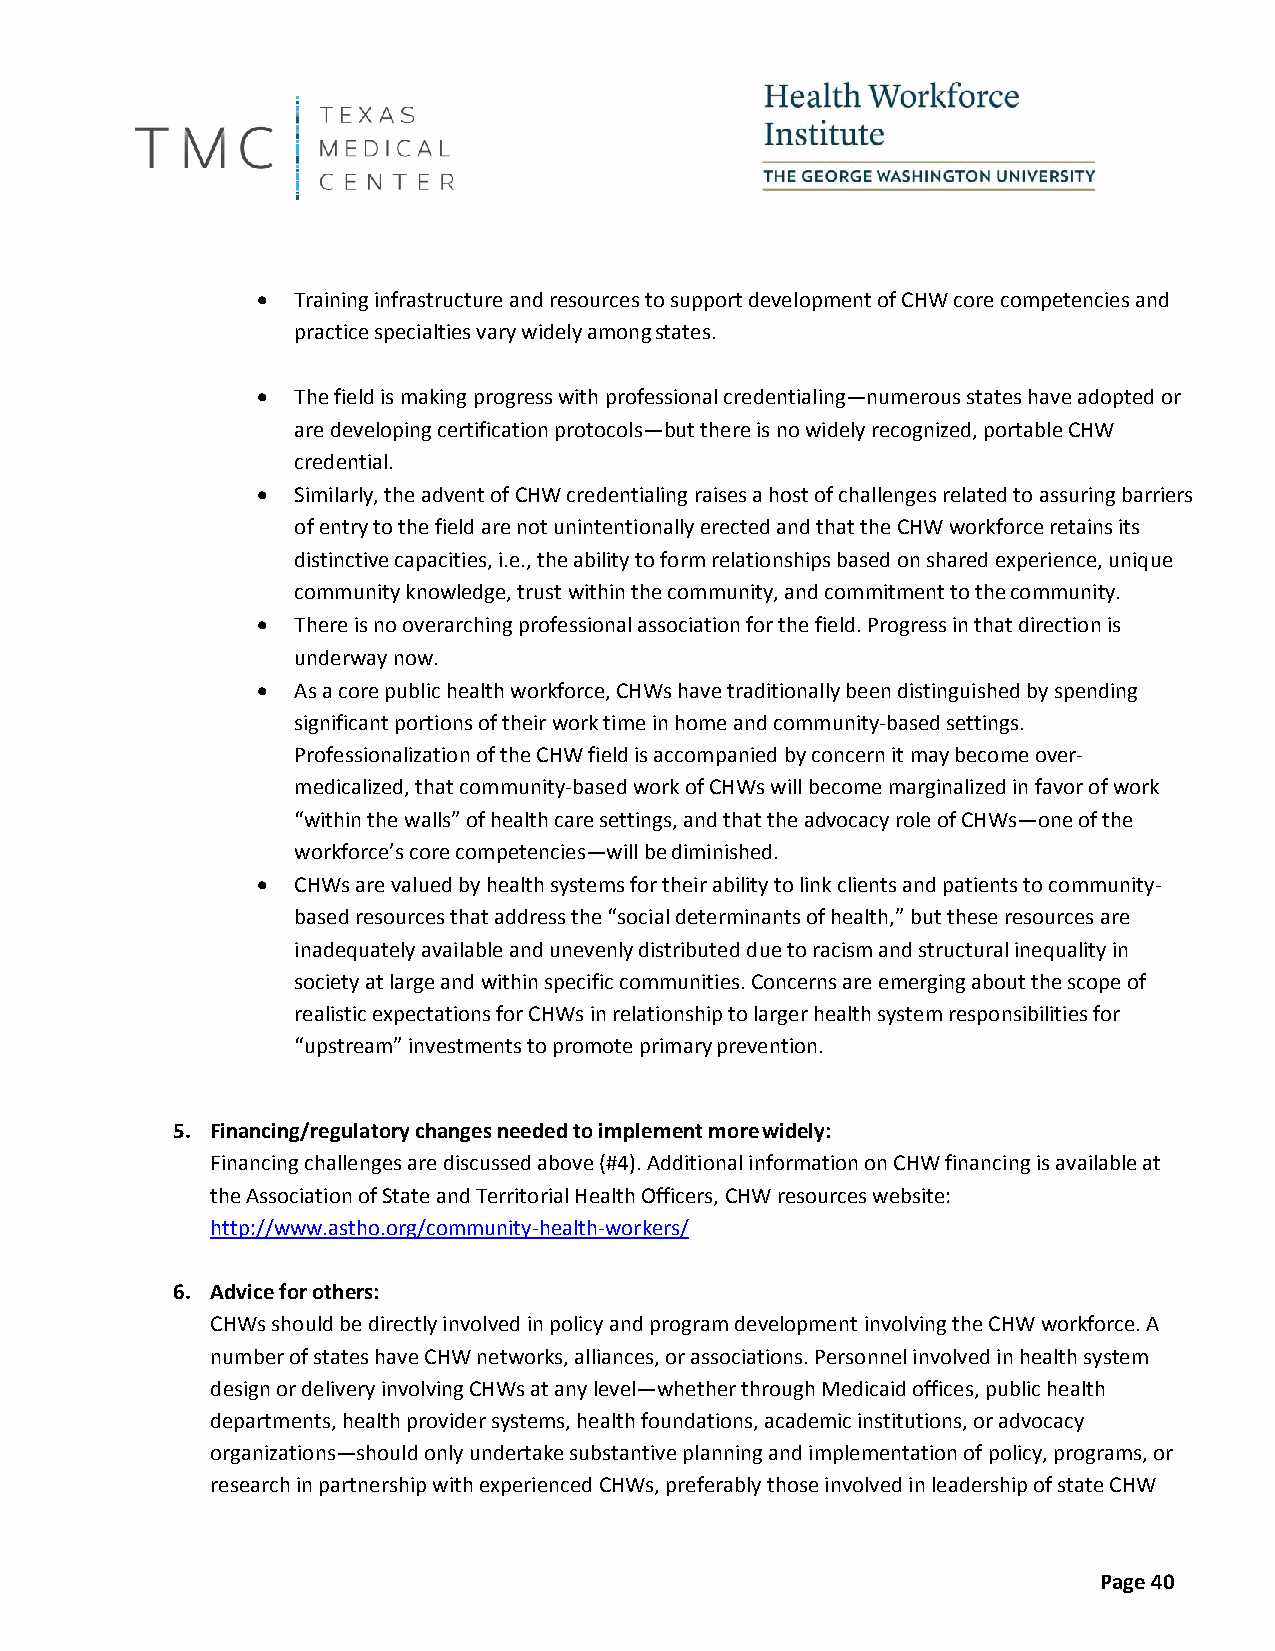
• Training infrastructure and resources to support development of CHW core competencies and
 practice specialties vary widely among states.
 • The field is making progress with professional credentialing—numerous states have adopted or
 are developing certification protocols—but there is no widely recognized, portable CHW
 credential.
 • Similarly, the advent of CHW credentialing raises a host of challenges related to assuring barriers
 of entry to the field are not unintentionally erected and that the CHW workforce retains its
 distinctive capacities, i.e., the ability to form relationships based on shared experience, unique
 community knowledge, trust within the community, and commitment to the community.
 • There is no overarching professional association for the field. Progress in that direction is
 underway now.
 • As a core public health workforce, CHWs have traditionally been distinguished by spending
 significant portions of their work time in home and community-based settings.
 Professionalization of the CHW field is accompanied by concern it may become over-
 medicalized, that community-based work of CHWs will become marginalized in favor of work
 “within the walls” of health care settings, and that the advocacy role of CHWs—one of the
 workforce’s core competencies—will be diminished.
 • CHWs are valued by health systems for their ability to link clients and patients to community-
 based resources that address the “social determinants of health,” but these resources are
 inadequately available and unevenly distributed due to racism and structural inequality in
 society at large and within specific communities. Concerns are emerging about the scope of
 realistic expectations for CHWs in relationship to larger health system responsibilities for
 “upstream” investments to promote primary prevention.
 5. Financing/regulatory changes needed to implement more widely:
 Financing challenges are discussed above (#4). Additional information on CHW financing is available at
 the Association of State and Territorial Health Officers, CHW resources website:
 http://www.astho.org/community-health-workers/
 6. Advice for others:
 CHWs should be directly involved in policy and program development involving the CHW workforce. A
 number of states have CHW networks, alliances, or associations. Personnel involved in health system
 design or delivery involving CHWs at any level—whether through Medicaid offices, public health
 departments, health provider systems, health foundations, academic institutions, or advocacy
 organizations—should only undertake substantive planning and implementation of policy, programs, or
 research in partnership with experienced CHWs, preferably those involved in leadership of state CHW
 Page 40